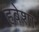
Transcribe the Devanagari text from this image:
हबेशा